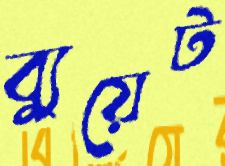
ব্যুয়েট